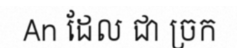
An ដែល ជា ច្រក